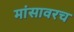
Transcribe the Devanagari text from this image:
मांसावरच